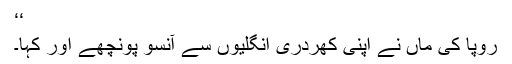
‘‘
رُوپا کی ماں نے اپنی کھُردری انگلیوں سے آنسو پونچھے اور کہا۔